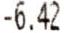
-6.42